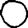
Digit: 0